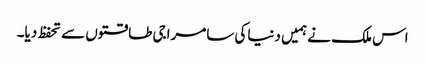
اس ملک نے ہمیں دنیاکی سامراجی طاقتوں سے تحفظ دیا۔